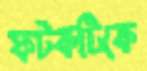
ফটকটিকে